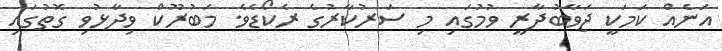
އަނެއް ކަމަކީ ޖަވާބުދާރީ ވުމުގައި މި ސަރުކާރުގެ ރެކޯޑެވެ. މަބުރޫކް ވިދާޅުވި ގޮތުގައި